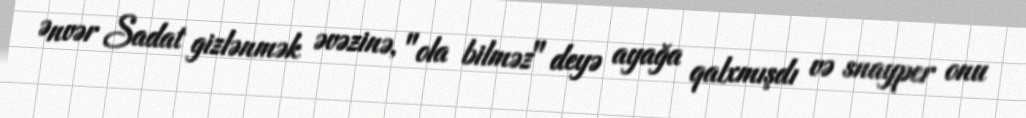
Ənvər Sadat gizlənmək əvəzinə, "ola bilməz" deyə ayağa qalxmışdı və snayper onu